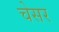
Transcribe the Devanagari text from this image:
चेसर